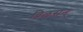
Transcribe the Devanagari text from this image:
विलसन्